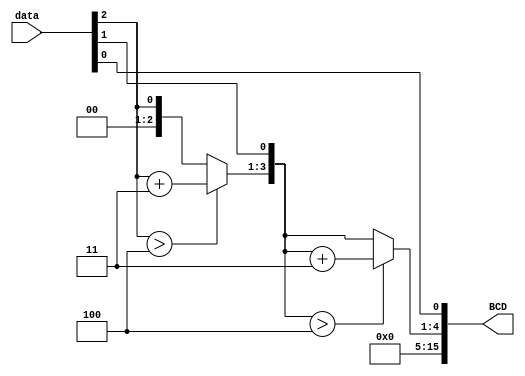
`timescale 1ns / 1ps
//////////////////////////////////////////////////////////////////////////////////
// Company: 
// Engineer: 
// 
// Design Name: 
// Module Name: transformer
// Project Name: 
// Target Devices: 
// Tool Versions: 
// Description: 
// 
// Dependencies: 
// 
// Revision:
// Revision 0.01 - File Created
// Additional Comments:
// 
//////////////////////////////////////////////////////////////////////////////////


module transformer #(parameter DATA_WIDTH = 3)(
    input [DATA_WIDTH-1:0] data,
    output [15:0]BCD//
    );
    //3BCD
    reg [19:0] transfor_data;
    always @(*) 
    begin
        transfor_data = 16'b0;
        transfor_data[DATA_WIDTH-1:0] = data;
        repeat(4)
        begin
            if(transfor_data[19:16]>4)
                transfor_data[19:16] = transfor_data[19:16]+2'b11;
            if(transfor_data[15:12]>4)
                transfor_data[15:12] = transfor_data[15:12]+2'b11;
            if(transfor_data[11:8]>4)
                transfor_data[11:8] = transfor_data[11:8]+2'b11; 
            if(transfor_data[7:4]>4)     
                transfor_data[7:4] = transfor_data[7:4]+2'b11;      
            transfor_data[19:1] = transfor_data[18:0];
        end
    end
    assign BCD = transfor_data[19:4];
endmodule